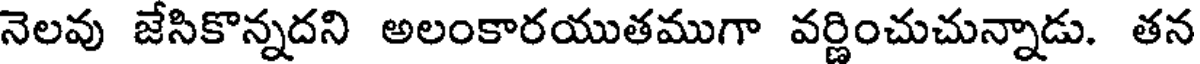
నెలవు జేసికొన్నదని అలంకారయుతముగా వర్ణించుచున్నాడు. తన